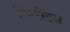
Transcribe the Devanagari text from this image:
स्पिरीटस